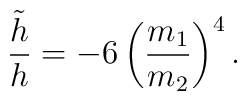
\frac{\tilde{h}}{h}=-6\left(\frac{m_{1}}{m_{2}}\right)^{4}.